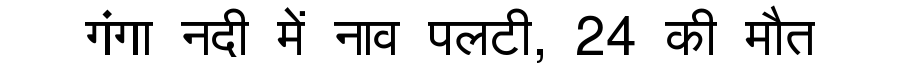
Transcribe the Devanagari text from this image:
गंगा नदी में नाव पलटी, 24 की मौत